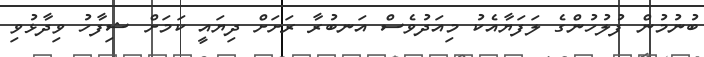
ބުނުމުން ފުލުހުންގެ ލަފަޔާއެކު މިއަދުވެސް އަނބުރާ ރަށަށް ދިޔައީ ކަމަށް ޝިފާހު ވިދާޅުވި